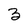
Character: 3